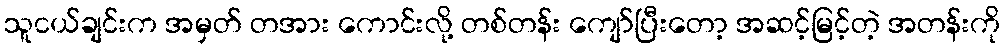
သူငယ်ချင်းက အမှတ် တအား ကောင်းလို့ တစ်တန်း ကျော်ပြီးတော့ အဆင့်မြင့်တဲ့ အတန်းကို